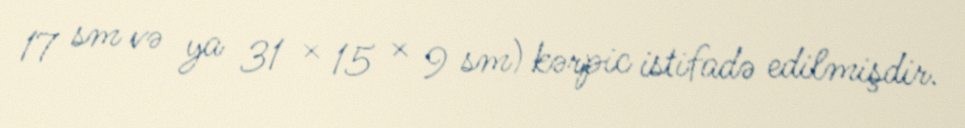
17 sm və ya 31 × 15 × 9 sm) kərpic istifadə edilmişdir.